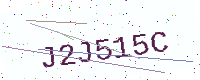
Text: J2J515C